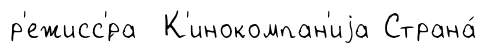
р'ежисс'́ра К'инокомпан'иjа Страна́